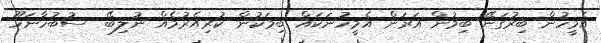
އެމީހުން ބިރުގަނޭ ބިމުން އަރަން އެމީހުނަކައް ބިމަކުން ކުރިއެރުމެއް ނުލިބޭ  ސުބުހާނަހޫ